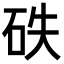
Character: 𥑇